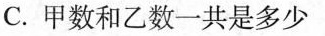
C.甲数和乙数一共是多少